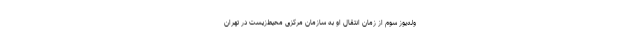
وله‌یوز سوم از زمان انتقال او به سازمان مرکزی محیط‌زیست در تهران